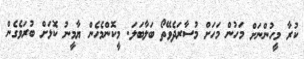
ކުރާ މީހުންނަށް މަހުން މަހަށް މުސާރަދެވޭތޯ ބަލާބަލަ. މީކޮންމެހެން ޔާމީނު ކޮޅަށް ބުރަވެގެން